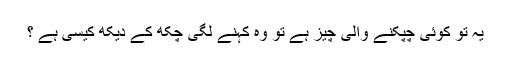
یہ تو کوئی چپکنے والی چیز ہے تو وہ کہنے لگی چکھ کے دیکھ کیسی ہے ؟